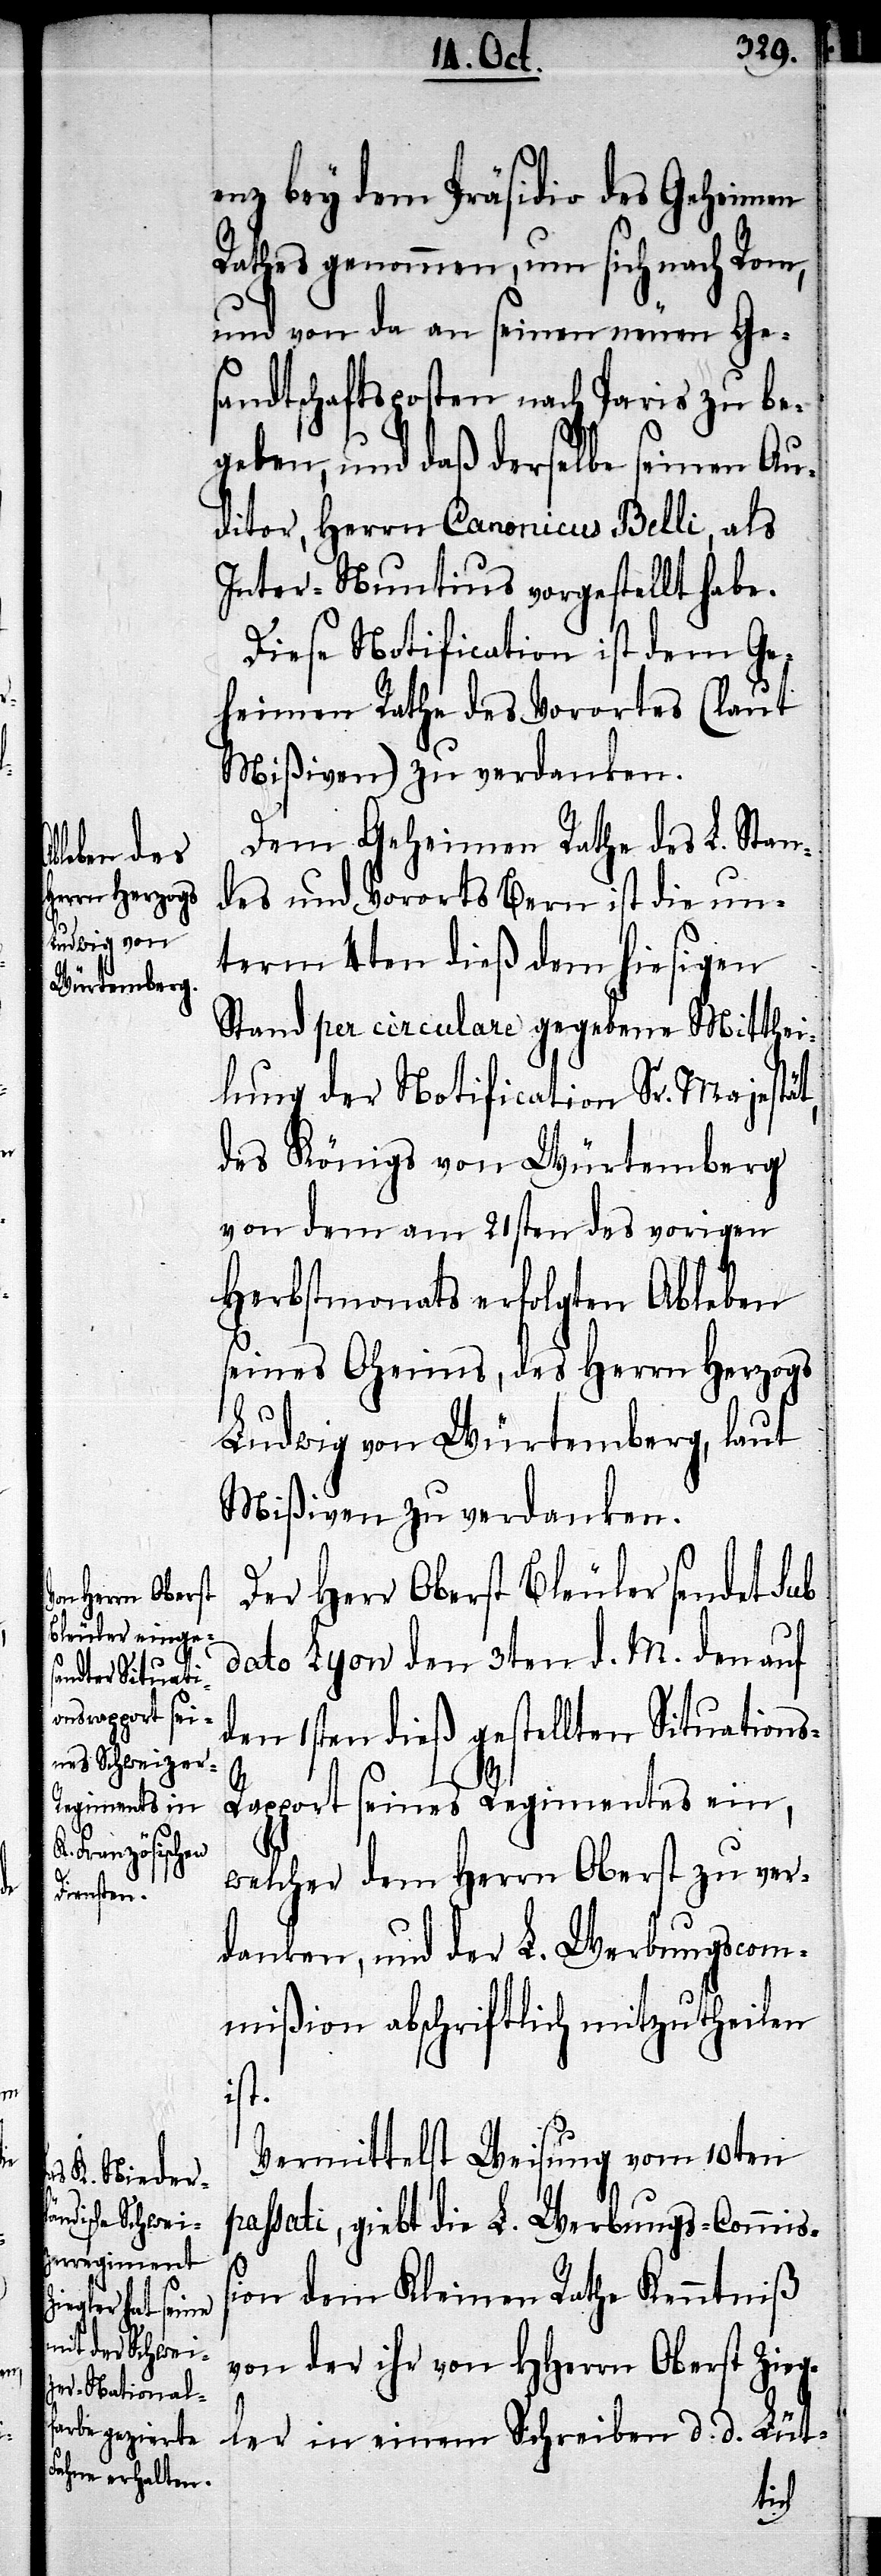
enz bey dem Präsidio des Geheimen
Rathes genommen, um sich nach Rom,
und von da an seinen neuen Ges¬
andtschaftsposten nach Paris zu be¬
geben, und daß derselbe seinen Au¬
ditor, Herrn Canonicus Belli, als
Inter-Nuntius vorgestellt habe.
Diese Notification ist dem Ge¬
heimen Rathe des Vorortes (laut
Mißiven) zu verdanken.
Dem Geheimen Rathe des L. Stan¬
des und Vorortes Bern ist die un¬
term 4ten dieß dem hiesigen
Stand per circulare gegebene Mitthei¬
lung der Notification Sr. Majestät,
des Königs von Würtemberg
von dem am 21sten des vorigen
Herbstmonaths erfolgten Ableben
seines Oheims, des Herrn Herzogs
Ludwig von Würtemberg, laut
Mißiven zu verdanken.
Der Herr Oberst Bleuler sendet sub
dato Lyon den 3ten d. M. den auf
den 1sten dieß gestellten Situations-R¬
apport seines Regimentes ein,
welcher dem Herrn Oberst zu ver¬
danken, und der L. Werbungscom¬
mißion abschriftlich mitzutheilen
ist.
Vermittelst Weisung vom 10ten
passati, giebt die L. Werbungs-Commißi¬
on dem Kleinen Rathe Kenntniß
von der ihr von HHerrn Oberst Zieg¬
ler in einem Schreiben d. d. Lüt-